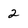
Character: 2